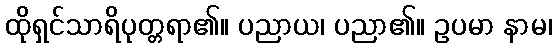
ထိုရှင်သာရိပုတ္တရာ၏။ ပညာယ၊ ပညာ၏။ ဥပမာ နာမ၊